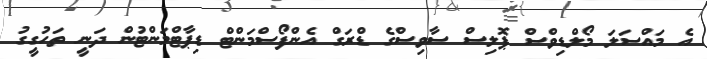
އެ މައްސަލަ މޯލްޑިވްސް ޕޮލިސް ސާވިސްގެ ޑްރަގް އެންފޯސްމަންޓް ޑިޕާޓްމަންޓުން ދަނީ ތަހުގީގު